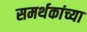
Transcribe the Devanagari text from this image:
समर्थकांच्या